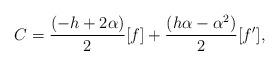
LaTeX: \begin{align*}C={\frac{\left(-h+2\alpha \right)}{2}} [f]+{\frac { \left( h{\alpha}-\alpha^{2} \right) }{2}}[f'],\end{align*}